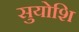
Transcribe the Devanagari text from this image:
सुयोशि